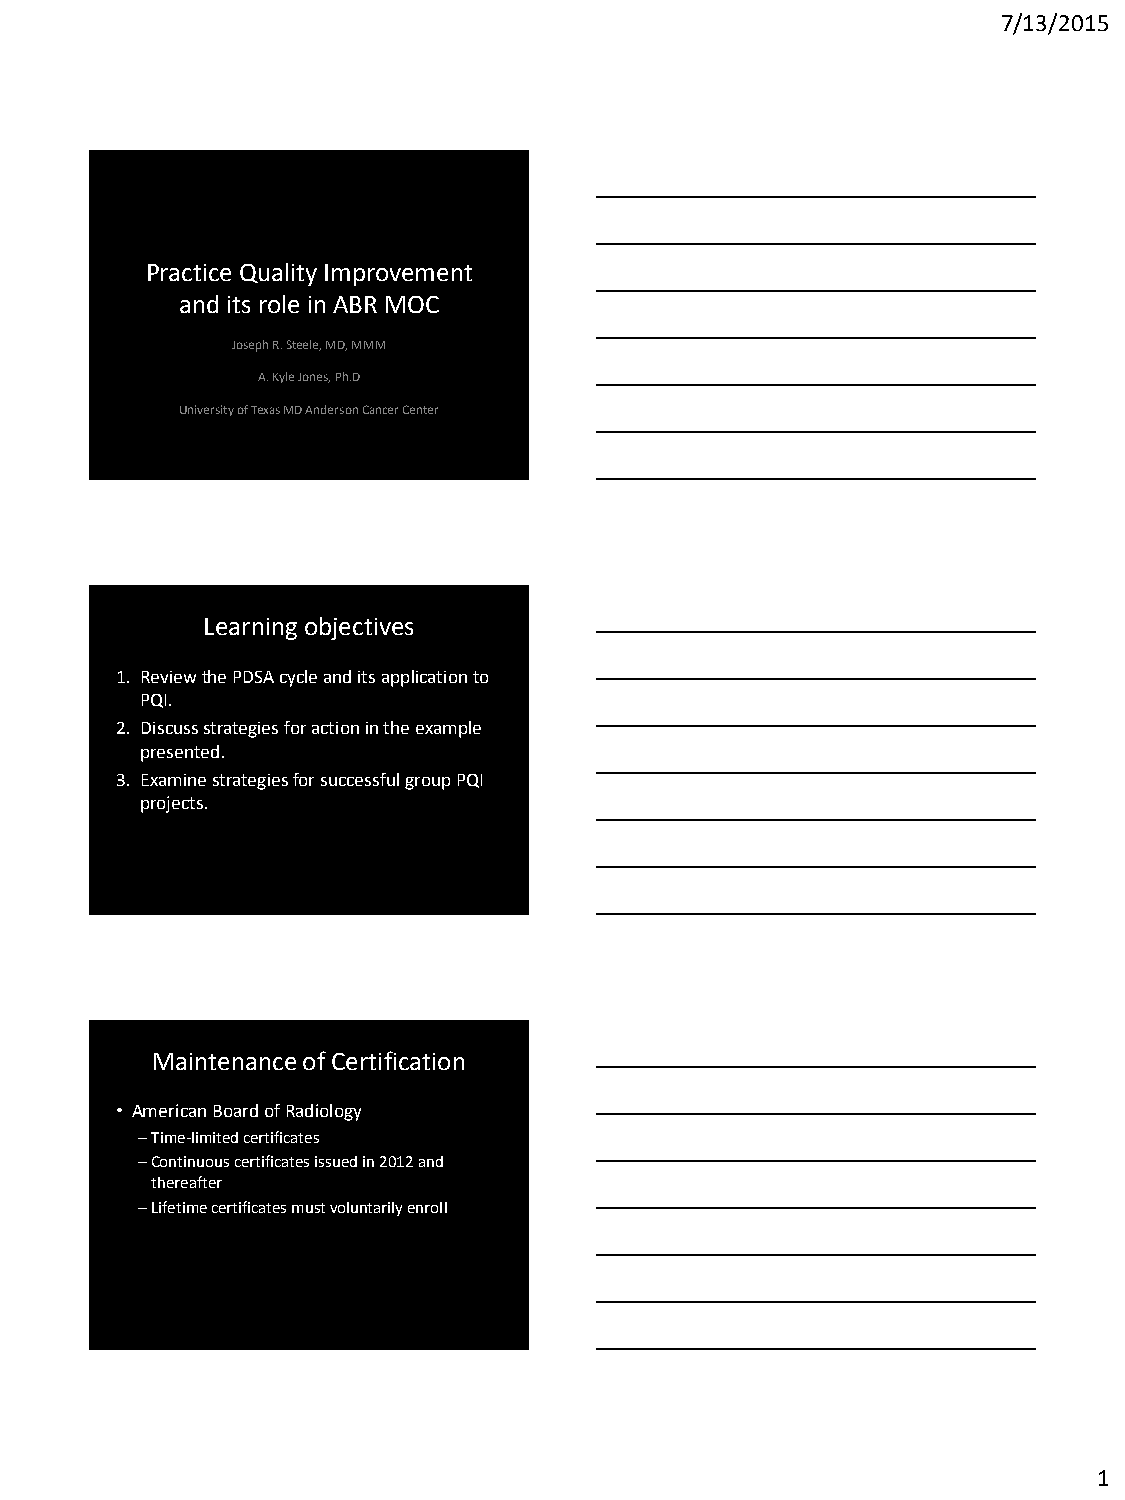
7/13/2015
 Practice Quality Improvement
 and its role in ABR MOC
 Joseph R. Steele, MD, MMM
 A. Kyle Jones, Ph.D
 University of Texas MD Anderson Cancer Center
 Learning objectives
 1. Review the PDSA cycle and its application to
 PQI.
 2. Discuss strategies for action in the example
 presented.
 3. Examine strategies for successful group PQI
 projects.
 Maintenance of Certification
 • American Board of Radiology
 –Time-limited certificates
 –Continuous certificates issued in 2012 and
 thereafter
 –Lifetime certificates must voluntarily enroll
 1